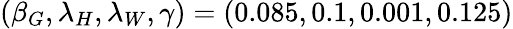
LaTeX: (\beta_{G},\lambda_{H},\lambda_{W},\gamma)=(0.085,0.1,0.001,0.125)